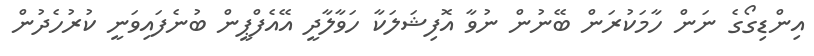
އިންޑިގޯގެ ނަން ހާމަކުރަން ބޭނުން ނުވާ އޮފިޝަލަކާ ހަވާލާދީ އޭއެފްޕީން ބުނެފައިވަނީ ކުރުހެދުން